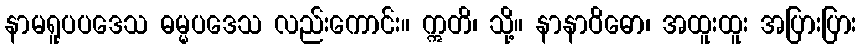
နာမရူပပဒေသ ဓမ္မပဒေသ လည်းကောင်း။ ဣတိ၊ သို့။ နာနာဝိဓော၊ အထူးထူး အပြားပြား